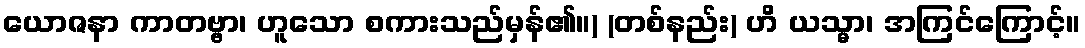
ယောဇနာ ကာတဗ္ဗာ၊ ဟူသော စကားသည်မှန်၏။) (တစ်နည်း) ဟိ ယသ္မာ၊ အကြင်ကြောင့်။